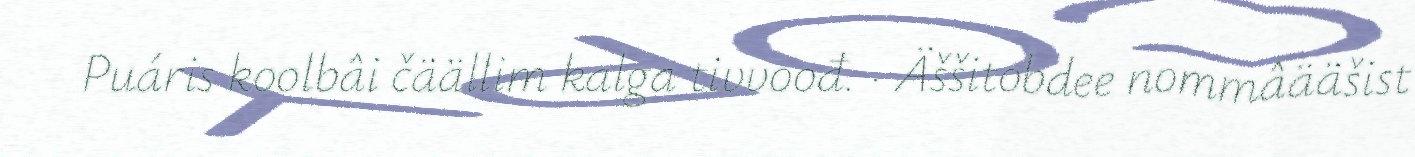
Puáris koolbâi čäällim kalga tivvoođ. · Äššitobdee nommâääšist